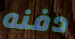
دفنه